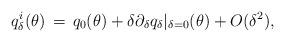
LaTeX: \begin{align*}q^{ i}_{ \delta}(\theta) &\, =\, q_{ 0}(\theta) + \delta \partial_{ \delta}q_{ \delta}\vert_{ \delta=0}(\theta) + O(\delta^{ 2}),\end{align*}